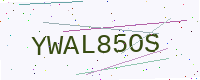
Text: YWAL85OS